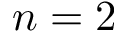
n = 2